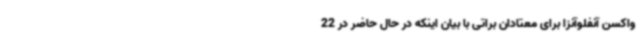
واکسن آنفلوآنزا برای معتادان براتی با بیان اینکه در حال حاضر در 22